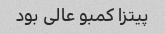
پیتزا کمبو عالی بود